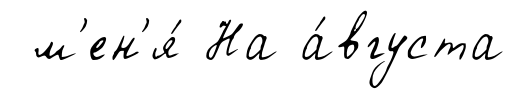
м'ен'я́ На а́вгуста